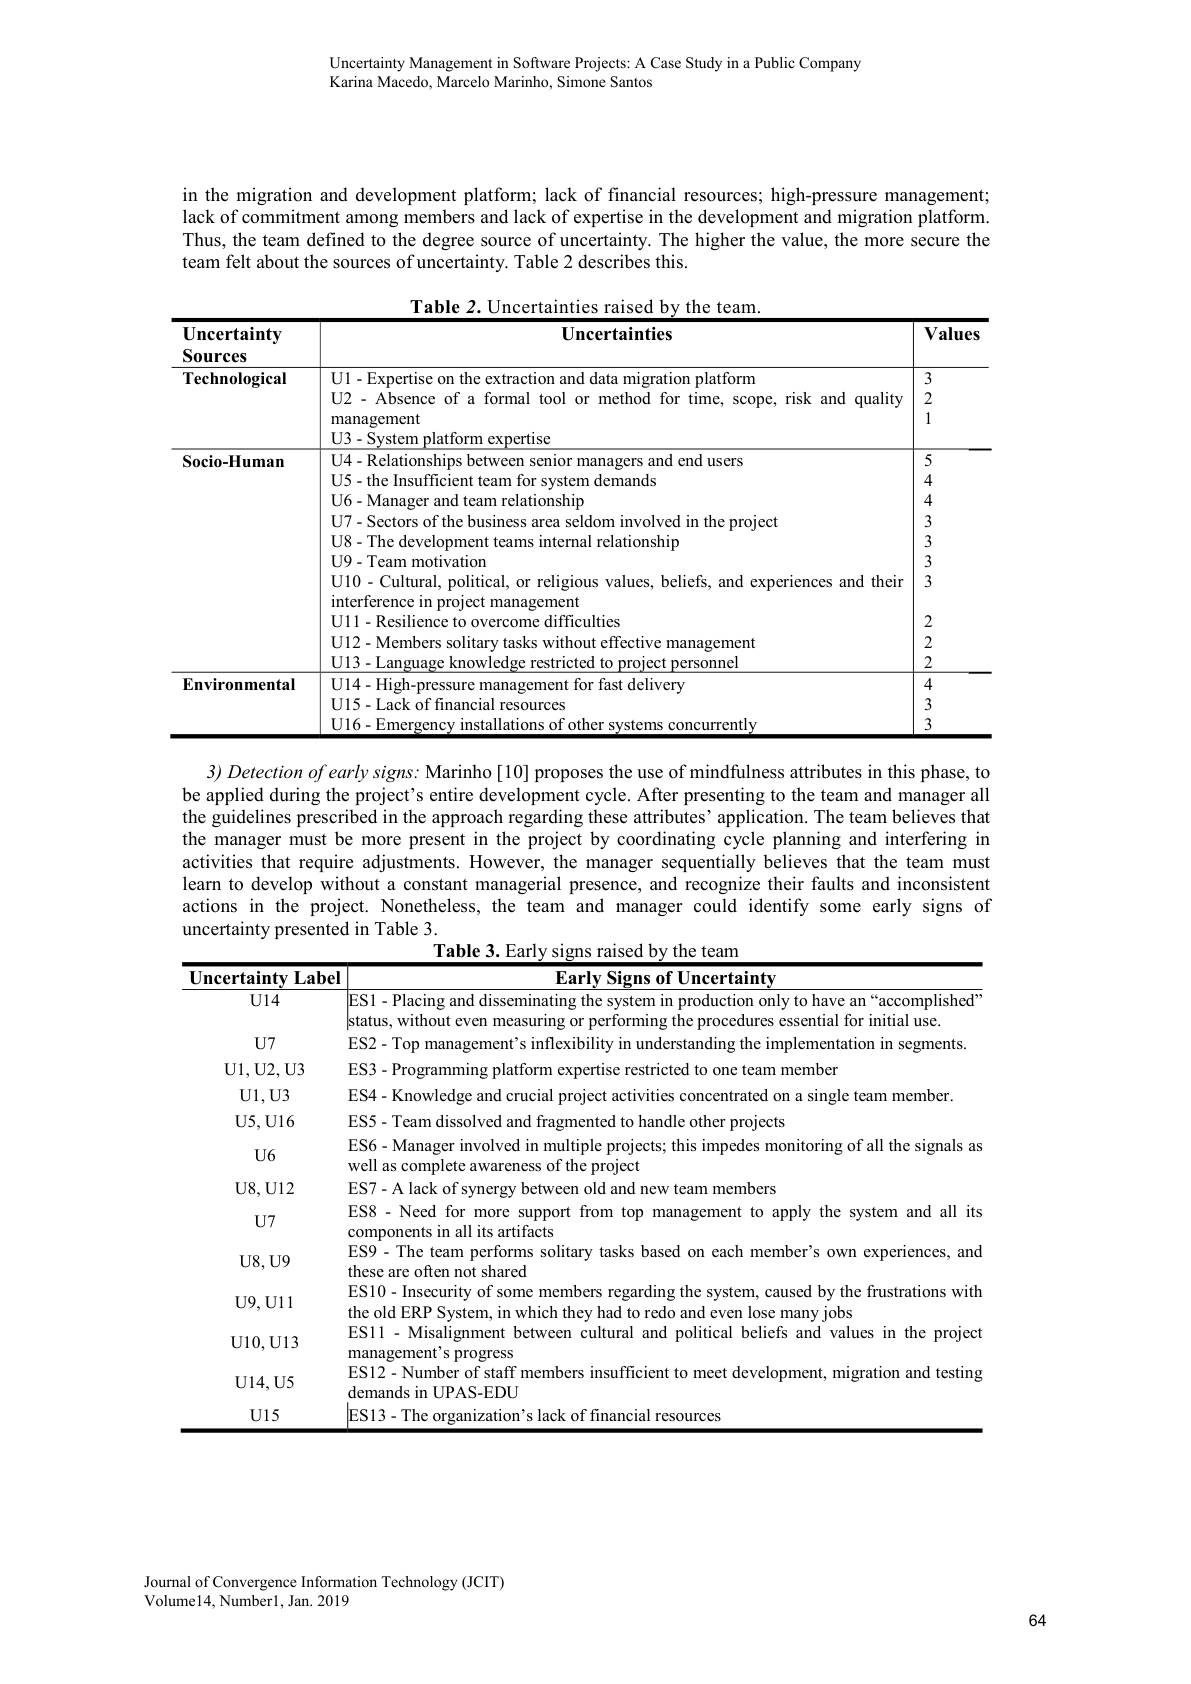
Uncertainty Management in Software Projects: A Case Study in a Public Company
Karina Macedo, Marcelo Marinho, Simone Santos

in the migration and development platform; lack of financial resources; high-pressure management; lack of commitment among members and lack of expertise in the development and migration platform. Thus, the team defined to the degree source of uncertainty. The higher the value, the more secure the team felt about the sources of uncertainty. Table 2 describes this.

Table 2. Uncertainties raised by the team
<table>
	<tbody>
		<tr>
			<th>Uncertainty Sources</th>
			<th>Uncertainties</th>
			<th>$\mathbf{Values}$</th>
		</tr>
		<tr>
			<td>Technological</td>
			<td>U1-Expertise on the extraction and data migration platform U2 - Absence of a formal tool or method for time, scope, risk and quality management U3-System platform expertise</td>
			<td>3 2 1</td>
		</tr>
		<tr>
			<td rowspan="1">Socio-Human</td>
			<td>U4- Relationships between senior managers and end users U5- the Insufficient team for system demands</td>
			<td>5 4 $A$</td>
		</tr>
		<tr>
			<td> </td>
			<td>interference in project management U11-Resilience to overcome difficulties U12- Members solitary tasks without effective management U13 - Language knowledge restricted to project personnel</td>
			<td>- 2 2 2</td>
		</tr>
		<tr>
			<td>Environmental</td>
			<td>U14- High-pressure management for fast delivery U15-Lack of financial resources U16-Emergency installations of other systems concurrently</td>
			<td>4 3 </td>
		</tr>
	</tbody>
</table>

3) Detection of early signs: Marinho[10] proposes the use of mindfulness attributes in this phase, to be applied during the project's entire development cycle. After presenting to the team and manager all the guidelines prescribed in the approach regarding these attributes’application. The team believes that the manager must be more present in the project by coordinating cycle planning and interfering in activities that require adjustments. However, the manager sequentially believes that the team must learn to develop without a constant managerial presence, and recognize their faults and inconsistent actions in the project. Nonetheless, the team and manager could identify some early signs of uncertainty presented in Table 3.
Table 3. Early signs raised by the team

<table>
	<tbody>
		<tr>
			<th>Uncertainty Label</th>
			<th>Early Signs of Uncertainty</th>
		</tr>
		<tr>
			<td>$U14$</td>
			<td>ES1-Placing and disseminating the system in production only to have an“accomplished status, without even measuring or performing the procedures essential for initial use</td>
		</tr>
		<tr>
			<td>$U7$</td>
			<td>$FC7$ entation in segments</td>
		</tr>
		<tr>
			<td>U1, U2, U3</td>
			<td>$FS3$ one team member</td>
		</tr>
		<tr>
			<td>U1, U3</td>
			<td>F. S4 sle team member</td>
		</tr>
		<tr>
			<td>$\mathbf{U}5,\mathbf{U}16$</td>
			<td>ES5-Teamdis $e$ other proiects</td>
		</tr>
		<tr>
			<td>$U6$</td>
			<td>ES6- Manager involved in multiple projects; this impedes monitoring of all the signals as well as complete awareness of the project</td>
		</tr>
		<tr>
			<td>$\mathbf{U8,U12}$</td>
			<td>ES7-A lack of svner Yetw old and new team members</td>
		</tr>
		<tr>
			<td>$U7$</td>
			<td>ES8 - Need for more support from top management to apply the system and all its components in all its artifacts</td>
		</tr>
		<tr>
			<td>$U8,U9$</td>
			<td>ES9-The team performs solitary tasks based on each member's own experiences, and these are often not shared</td>
		</tr>
		<tr>
			<td>${\mathrm{U9,U11}}$</td>
			<td>ES10- Insecurity of some member g tne system 1,caused by the trustratıons wıtl the old ERP System, in which they had to redo and even lose many jobs</td>
		</tr>
		<tr>
			<td>${\mathrm{U10,U13}}$</td>
			<td>$\mathbf{F}_{\Delta}$ - Misalignment t between cultural and political  and $\textbf{l}$values ${\mathrm{~m~the~project}}$ management's progress</td>
		</tr>
		<tr>
			<td>$\mathbf{U}14,\mathbf{U}5$</td>
			<td>ES12-Number of staff members i insufficient to meet development, migration and testing demands in UPAS-EDU</td>
		</tr>
		<tr>
			<td>$U15$</td>
			<td>$eS13-Th$ resources</td>
		</tr>
	</tbody>
</table>

Journal of Convergence Information Technology (JCIT)
Volume14, Number1, Jan. 2019

64